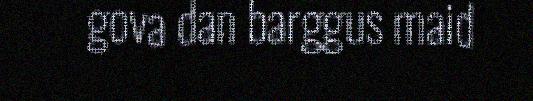
gova dan barggus maid